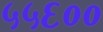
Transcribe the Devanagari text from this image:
५५६००